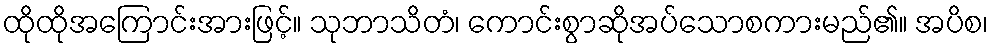
ထိုထိုအကြောင်းအားဖြင့်။ သုဘာသိတံ၊ ကောင်းစွာဆိုအပ်သောစကားမည်၏။ အပိစ၊